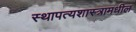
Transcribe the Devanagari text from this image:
स्थापत्यशास्त्रामधील